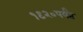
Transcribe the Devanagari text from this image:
१९२०पर्यंत